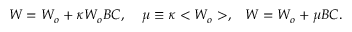
W = W _ { o } + \kappa W _ { o } B C , \; \; \; \; \mu \equiv \kappa < W _ { o } > , \; \; \; W = W _ { o } + \mu B C .